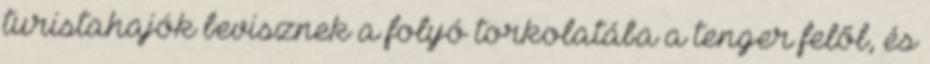
turistahajók bevisznek a folyó torkolatába a tenger felől, és